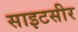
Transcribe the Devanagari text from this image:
साइटसीर